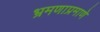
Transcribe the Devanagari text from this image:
भ्रमणाप्रमाणे